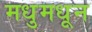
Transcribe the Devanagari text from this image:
मधुमधून